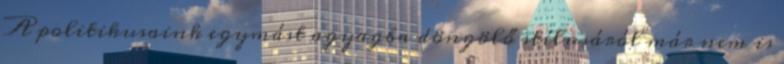
A politikusaink egymást agyagba döngölő stílusáról már nem is